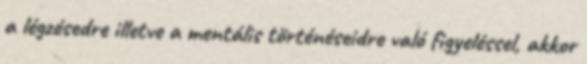
a légzésedre illetve a mentális történéseidre való figyeléssel, akkor